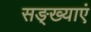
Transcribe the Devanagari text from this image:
सङ्ख्याएं